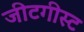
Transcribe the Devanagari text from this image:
जीटगीस्ट